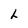
Character: L